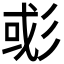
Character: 𢒖